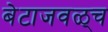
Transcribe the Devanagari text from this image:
बेटाजवळ्च